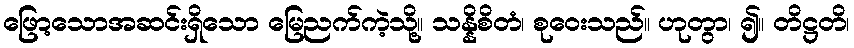
ဖြော့သောအဆင်းရှိသော မြေညက်ကဲ့သို့။ သန္နိစိတံ၊ စုဝေးသည်။ ဟုတွာ၊ ၍။ တိဋ္ဌတိ၊